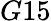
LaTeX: G15